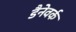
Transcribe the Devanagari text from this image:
डैनेवर्क